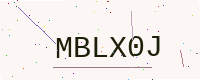
Text: MBLX0J